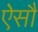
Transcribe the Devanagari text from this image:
ऐसौ